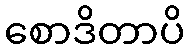
စောဒိတာပိ